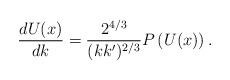
LaTeX: \begin{align*}\frac{dU(x)}{dk}=\frac{2^{4/3}}{(kk')^{2/3}}P\left(U(x)\right).\end{align*}